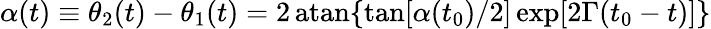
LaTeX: \alpha(t)\equiv\theta_{2}(t)-\theta_{1}(t)=2\, \mathrm{atan}\{ \mathrm{tan}[\alpha(t_{0})/2]\, \mathrm{exp}[2\Gamma(t_{0}-t)]\}